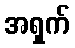
အရှက်